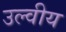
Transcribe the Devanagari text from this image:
उल्वीय